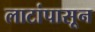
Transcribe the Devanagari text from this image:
लाटांपासून